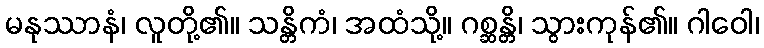
မနုဿာနံ၊ လူတို့၏။ သန္တိကံ၊ အထံသို့။ ဂစ္ဆန္တိ၊ သွားကုန်၏။ ဂါဝေါ၊